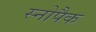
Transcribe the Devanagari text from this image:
स्नोपैक